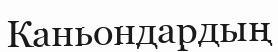
Каньондардың